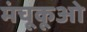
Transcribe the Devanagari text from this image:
मंचूकूओ